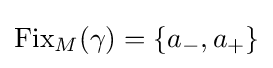
\operatorname {Fix} _{M}(\gamma )=\{a_{-},a_{+}\}